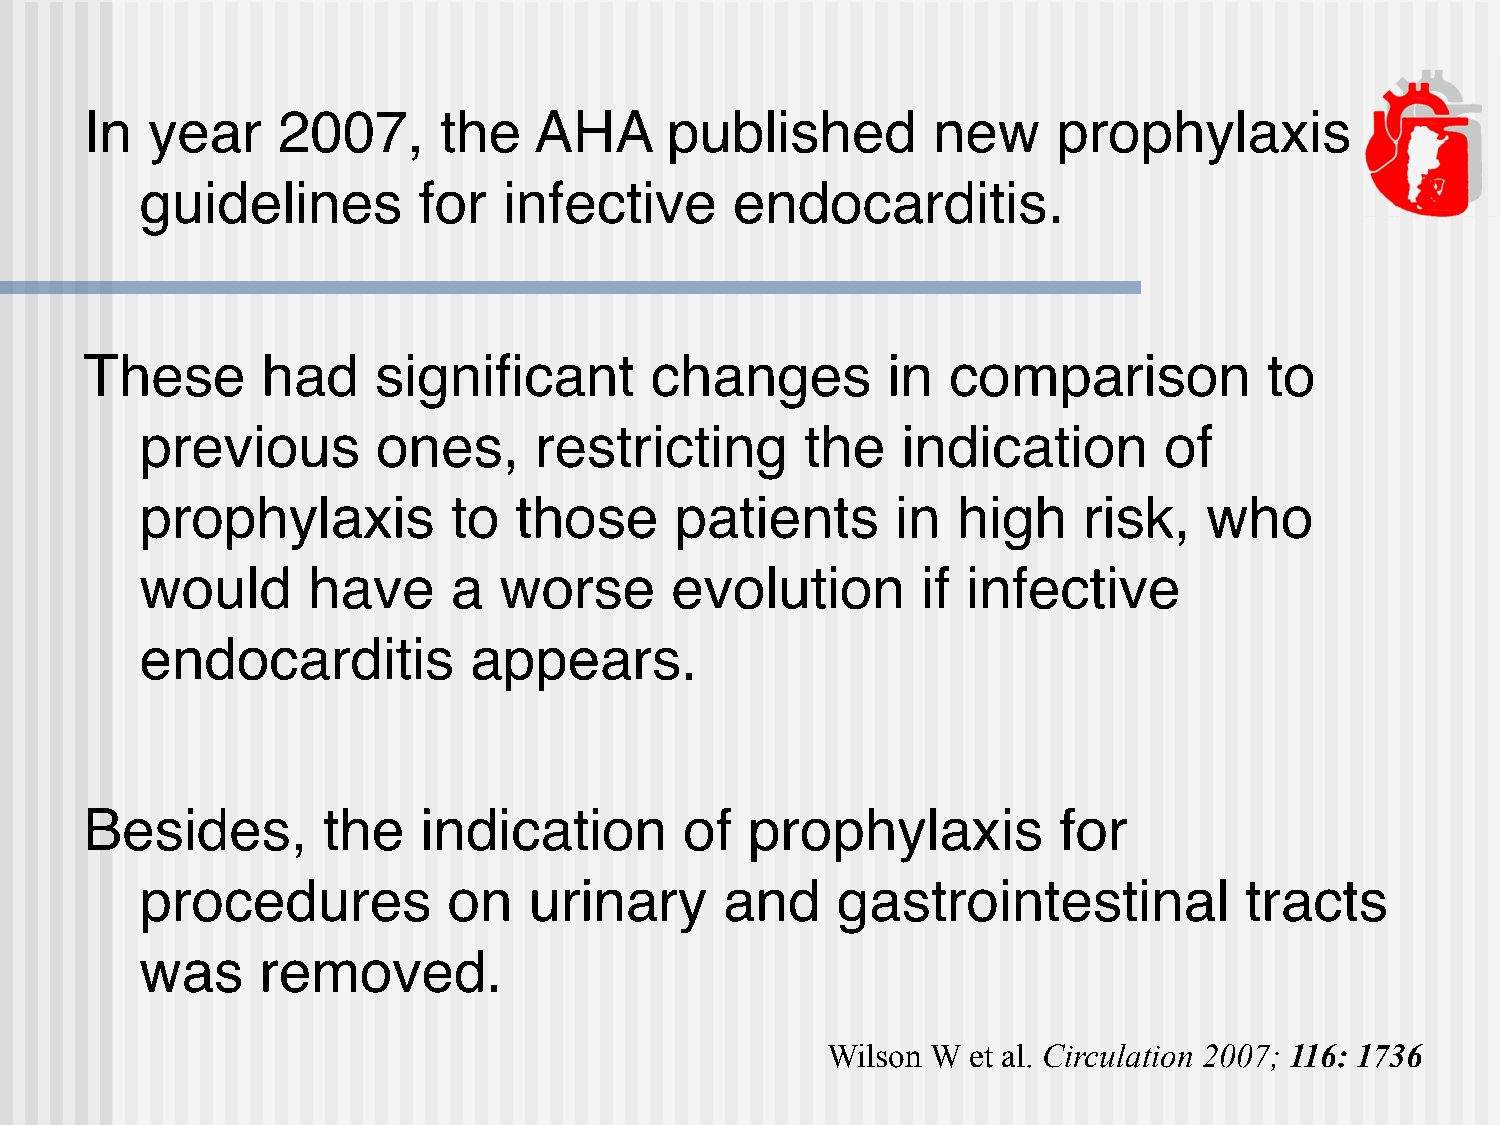
In  year    2007,      the   AHA      published         new     prophylaxis
 guidelines         for  infective       endocarditis.
 These      had     significant       changes         in  comparison           to
 previous        ones,     restricting       the    indication       of
 prophylaxis          to  those      patients      in  high     risk,   who
 would      have      a  worse      evolution        if infective
 endocarditis          appears.
 Besides,       the    indication       of   prophylaxis         for
 procedures           on   urinary      and    gastrointestinal           tracts
 was     removed.
 Wilson W et al. Circulation 2007; 116: 1736